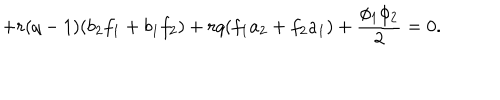
+ r ( q - 1 ) ( b _ { 2 } f _ { 1 } + b _ { 1 } f _ { 2 } ) + r q ( f _ { 1 } a _ { 2 } + f _ { 2 } a _ { 1 } ) + \frac { \phi _ { 1 } \phi _ { 2 } } { 2 } = 0 .